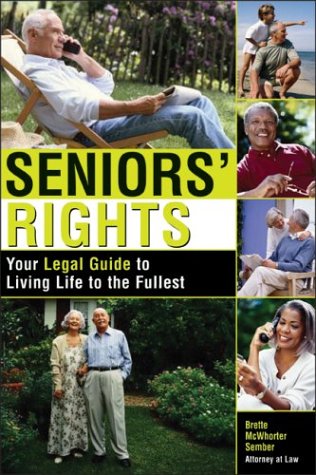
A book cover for Seniors' Rights: Your Legal Guide to Living Life to the Fullest; Brette McWhorter Sember; Law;